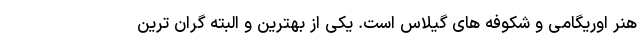
هنر اوریگامی و شکوفه های گیلاس است. یکی از بهترین و البته گران ترین